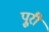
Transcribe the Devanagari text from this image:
पुूरी